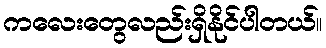
ကလေးတွေလည်းရှိနိုင်ပါတယ်။